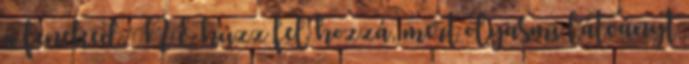
a feneked, NE húzz fel hozzá, mert olyasmi látványt